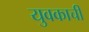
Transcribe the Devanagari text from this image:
युवकाची